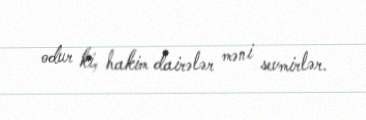
odur ki, hakim dairələr məni sevmirlər.